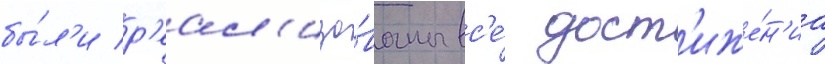
бы́л'и р'еал'изо́ваны вс'е́ дост'иже́н'иа